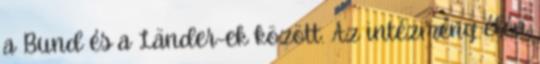
a Bund és a Länder-ek között. Az intézmény élén